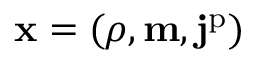
\mathbf { x } = ( \rho , \mathbf { m } , \mathbf { j } ^ { \mathrm { p } } )